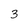
Character: 3